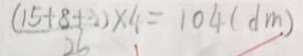
( 1 5 + 8 + 3 ) \times 4 = 1 0 4 ( d m )